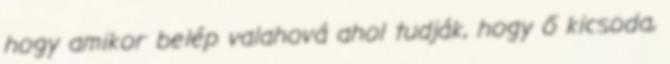
hogy amikor belép valahová ahol tudják, hogy ő kicsoda,